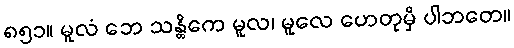
၈၅၁။ မူလံ ဘေ သန္တိကေ မူလ၊ မူလေ ဟေတုမှိ ပါဘတေ။